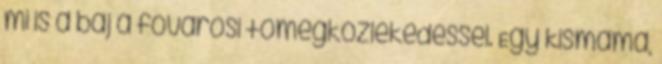
mi is a baj a fővárosi tömegközlekedéssel. Egy kismama,